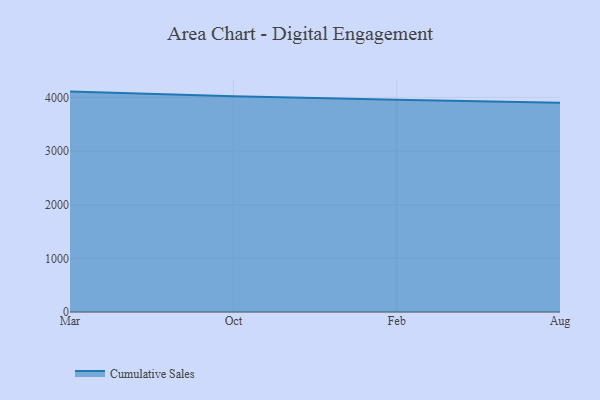
{"axis": {"x": "Month", "y": "Operating Costs (USD K)"}, "legend": ["Cumulative Sales"], "data": [{"x": "Mar", "y": 4107.3, "type": "Cumulative Sales"}, {"x": "Oct", "y": 4021.2, "type": "Cumulative Sales"}, {"x": "Feb", "y": 3956.2, "type": "Cumulative Sales"}, {"x": "Aug", "y": 3898.3, "type": "Cumulative Sales"}]}